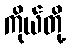
ကိုယ်တို့